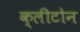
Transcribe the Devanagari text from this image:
क्‍लीटोन